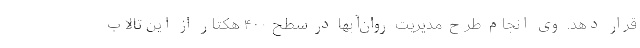
قرار دهد. وی انجام طرح مدیریت روان‌آبها در سطح ۴۰۰ هکتار از این تالاب